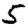
Digit: 5